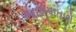
આછોપાતળો